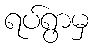
ရပ်ရွာမှ